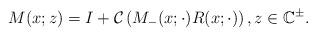
LaTeX: \begin{align*}M (x ; z)=I+\mathcal{C}\left(M_{-}(x ; \cdot) R(x ; \cdot)\right) , z \in \mathbb{C}^{\pm}. \end{align*}